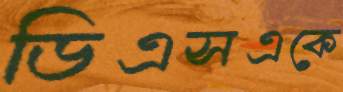
ডিএসএকে